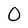
Character: 0